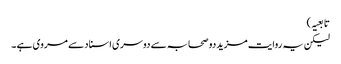
تابعیہ )
لیکن یہ روایت مزید دو صحابہ سے دوسری اسناد سے مروی ہے ۔